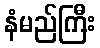
နံမည်ကြီး